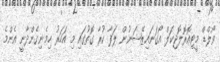
ވޯލްޑް މީޓިއޮރޮލޮޖިކަލް އޯގަނައިޒޭޝަނުން ލަފާ ކުރާ ގޮތުގައި މި އަހަރު ހިމެނިގެންދާނީ އެންމެ